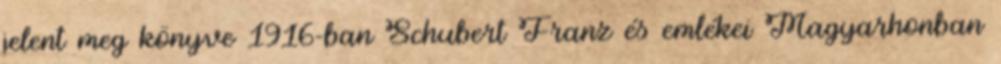
jelent meg könyve 1916-ban Schubert Franz és emlékei Magyarhonban